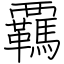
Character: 覊